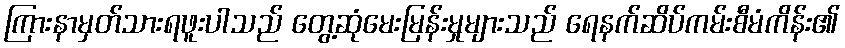
ကြားနာမှတ်သားရဖူးပါသည် တွေ့ဆုံမေးမြန်းမှုများသည် ရေနက်ဆိပ်ကမ်းစီမံကိန်း၏